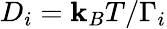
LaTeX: D_{i}=\mathbf{k}_{B}T/\Gamma_{i}